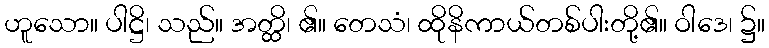
ဟူသော။ ပါဋ္ဌိ၊ သည်။ အတ္ထိ၊ ၏။ တေသံ၊ ထိုနိကာယ်တစ်ပါးတို့၏။ ဝါဒေ၊ ၌။